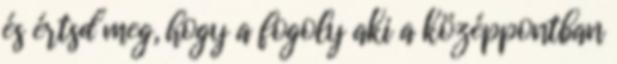
és értsd meg, hogy a fogoly aki a középpontban